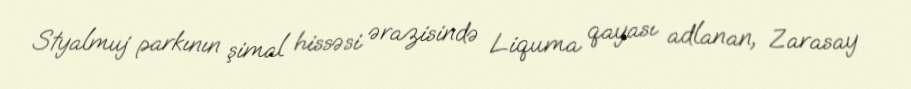
Styalmuj parkının şimal hissəsi ərazisində Liquma qayası adlanan, Zarasay